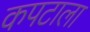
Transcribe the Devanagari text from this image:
कपटाला